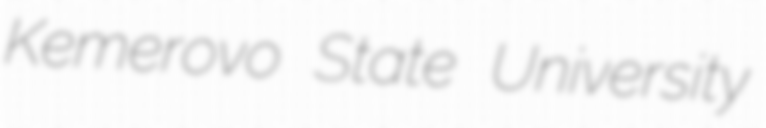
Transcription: Kemerovo State University